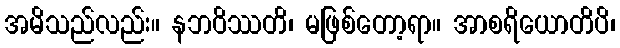
အမိသည်လည်း။ နဘဝိဿတိ၊ မဖြစ်တော့ရာ။ အာစရိယောတိပိ၊